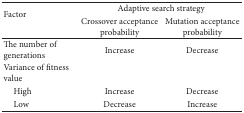
<table><thead><tr><td rowspan="2"><b>Factor</b></td><td colspan="2"><b>Adaptive search strategy</b></td></tr><tr><td><b>Crossover acceptance probability</b></td><td><b>Mutation acceptance probability</b></td></tr></thead><tbody><tr><td>The number of generations</td><td>Increase</td><td>Decrease</td></tr><tr><td>Variance of fitness value</td><td> </td><td> </td></tr><tr><td> High</td><td>Increase</td><td>Decrease</td></tr><tr><td> Low</td><td>Decrease</td><td>Increase</td></tr></tbody></table>